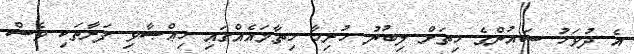
އެ ދުވަހު ސައުންގެ ހިތަށް ލިބުނު ހުރިހާ ހިތާމައެއްގައި ހިޢްޞާވި ފަރާތަކި ވެސް